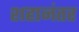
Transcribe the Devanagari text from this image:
शहानंतर